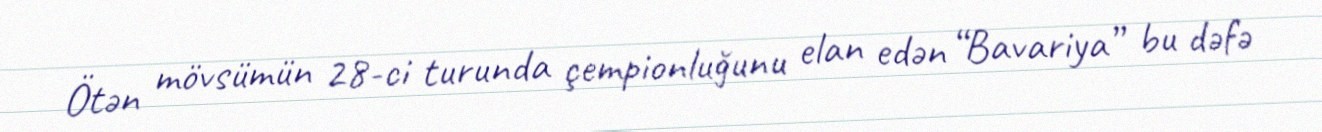
Ötən mövsümün 28-ci turunda çempionluğunu elan edən “Bavariya” bu dəfə